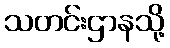
သတင်းဌာနသို့